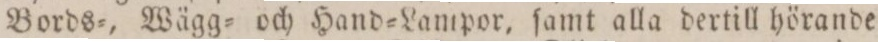
Bords=, Wägg= och Hand=Lampor, ſamt alla dertill hörande